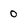
Character: 0